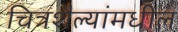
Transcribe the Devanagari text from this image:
चित्रशैल्यांमधील